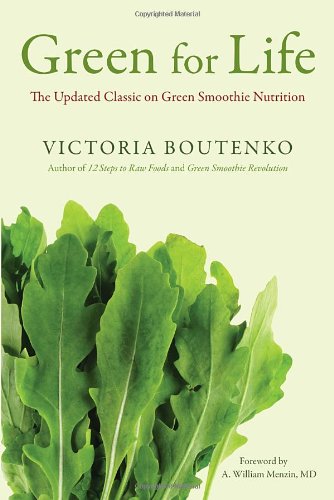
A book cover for Green for Life: The Updated Classic on Green Smoothie Nutrition; Victoria Boutenko; Cookbooks, Food & Wine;